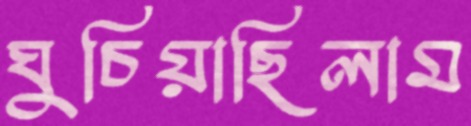
ঘুচিয়াছিলাম